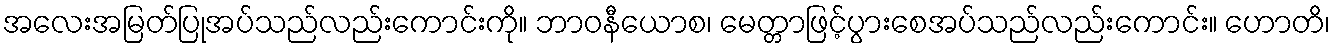
အလေးအမြတ်ပြုအပ်သည်လည်းကောင်းကို။ ဘာဝနီယောစ၊ မေတ္တာဖြင့်ပွားစေအပ်သည်လည်းကောင်း။ ဟောတိ၊